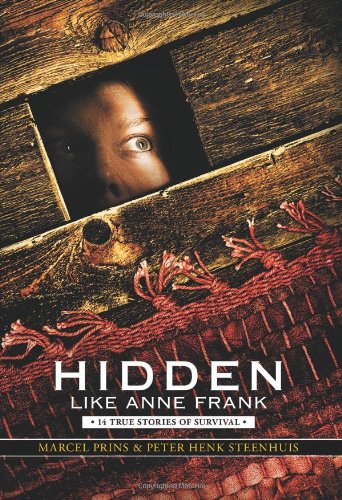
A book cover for Hidden Like Anne Frank: 14 True Stories of Survival; Marcel Prins; Teen & Young Adult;